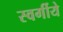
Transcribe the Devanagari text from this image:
स्वर्गीये